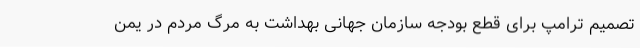
تصمیم ترامپ برای قطع بودجه سازمان جهانی بهداشت به مرگ مردم در یمن